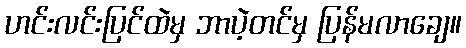
ဟင်းလင်းပြင်ထဲမှ ဘာပဲ့တင်မှ ပြန်မလာချေ။